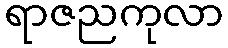
ရာဇညကုလာ